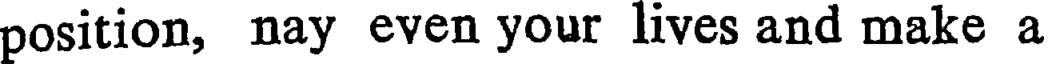
position, nay even your lives and make a